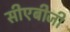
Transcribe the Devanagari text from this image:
सीएबीजी